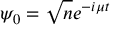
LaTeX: \psi _ { 0 } = { \sqrt { n } } e ^ { - i \mu t }